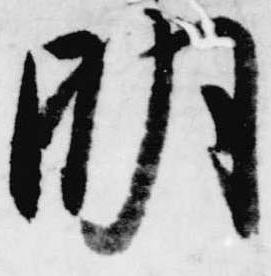
明